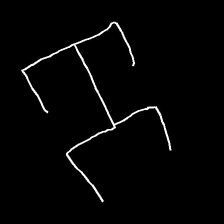
Glyph: entwine